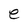
Character: e